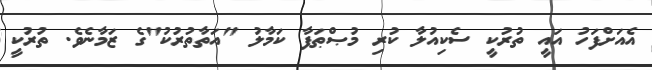
އެއަށްފަހު އައީ ތުރުކީ ސެކިއުލާ ކުރި މުޞްޠަފާ ކަމާލު "އަތާތުރުކު"ގެ ޒަމާނެވެ. ތުރުކީ